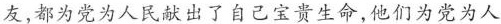
友，都为党为人民献出了自己宝贵生命，他们为党为人